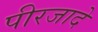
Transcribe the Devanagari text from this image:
पीरजादे